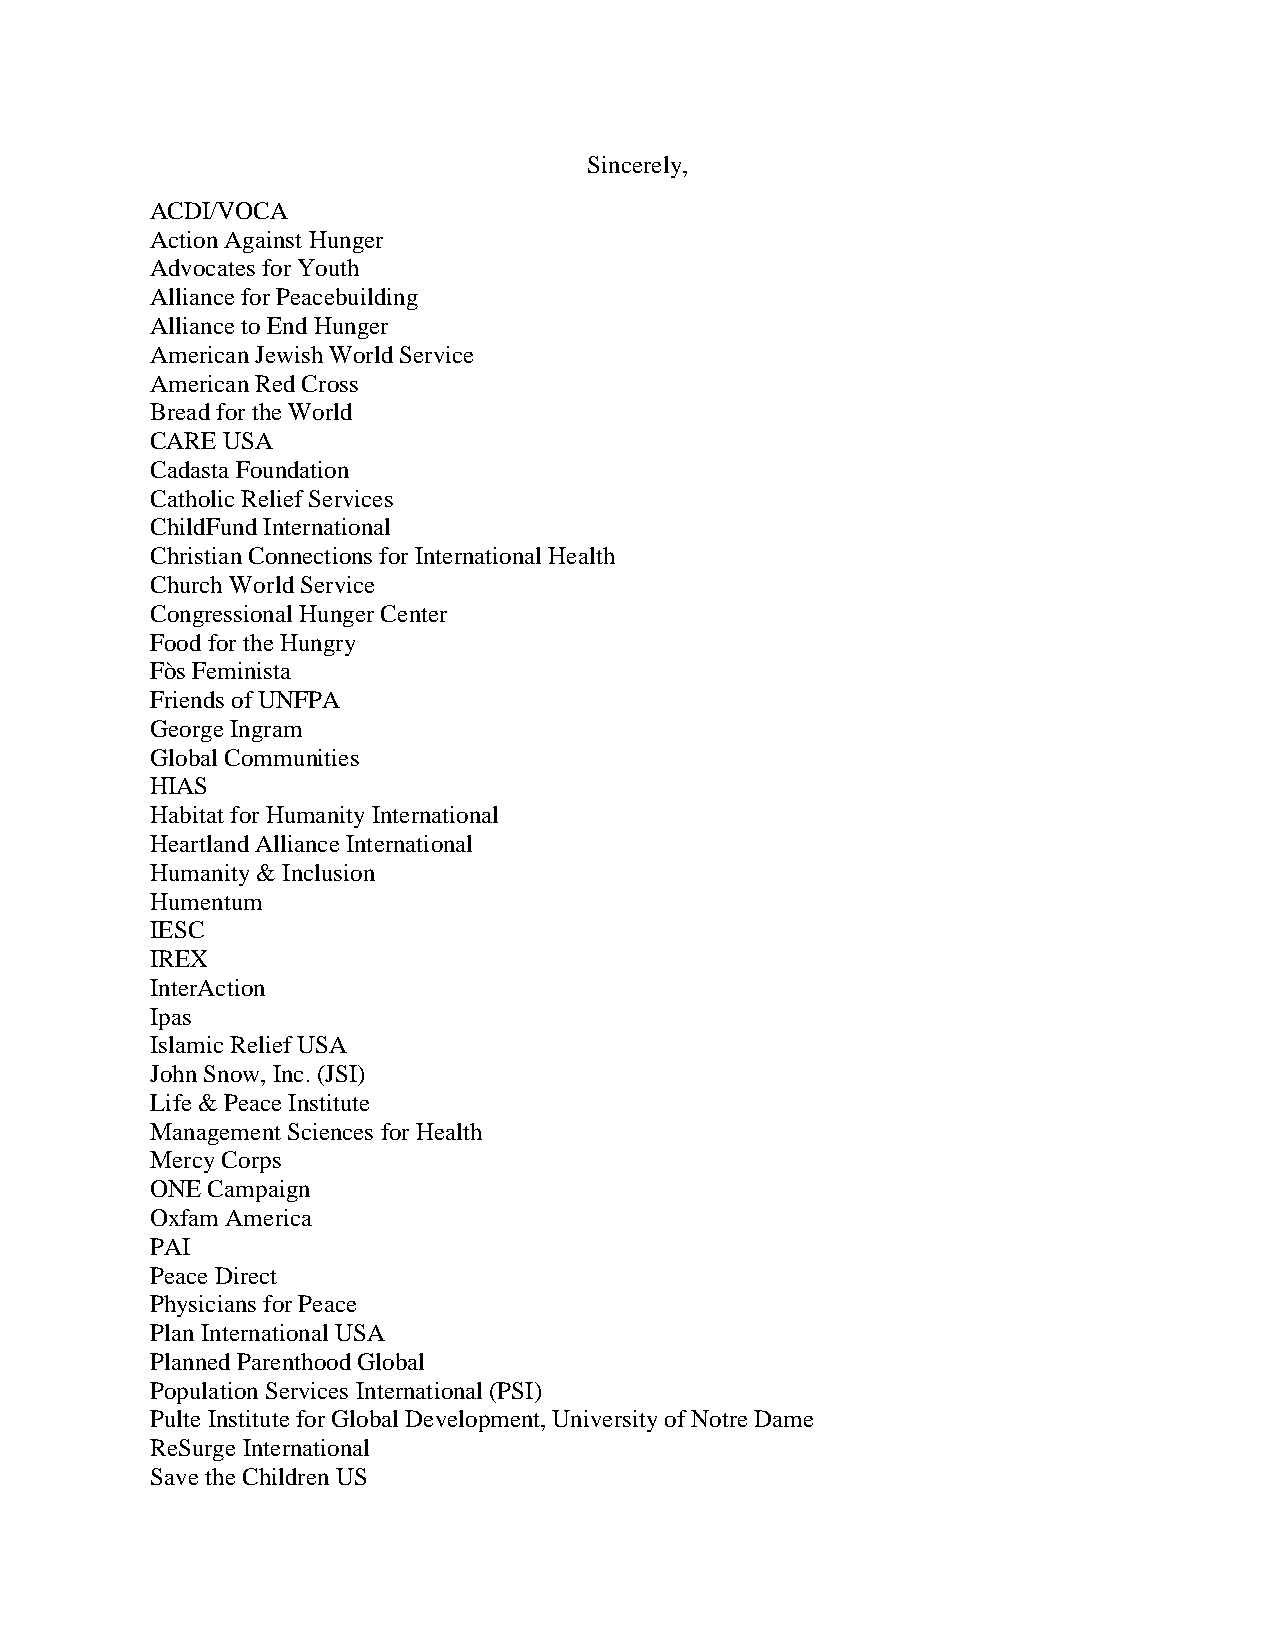
Sincerely,
 ACDI/VOCA
 Action Against Hunger
 Advocates for Youth
 Alliance for Peacebuilding
 Alliance to End Hunger
 American Jewish World Service
 American Red Cross
 Bread for the World
 CARE USA
 Cadasta Foundation
 Catholic Relief Services
 ChildFund International
 Christian Connections for International Health
 Church World Service
 Congressional Hunger Center
 Food for the Hungry
 Fòs Feminista
 Friends of UNFPA
 George Ingram
 Global Communities
 HIAS
 Habitat for Humanity International
 Heartland Alliance International
 Humanity & Inclusion
 Humentum
 IESC
 IREX
 InterAction
 Ipas
 Islamic Relief USA
 John Snow, Inc. (JSI)
 Life & Peace Institute
 Management Sciences for Health
 Mercy Corps
 ONE Campaign
 Oxfam America
 PAI
 Peace Direct
 Physicians for Peace
 Plan International USA
 Planned Parenthood Global
 Population Services International (PSI)
 Pulte Institute for Global Development, University of Notre Dame
 ReSurge International
 Save the Children US